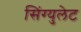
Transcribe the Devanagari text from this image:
सिंग्युलेट